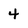
Character: 4